Vital statistics of India. Vol. IV, Annual returns from 1871 to 1876. British Army of India, Native Army and jails of Bengal
Year: 1871
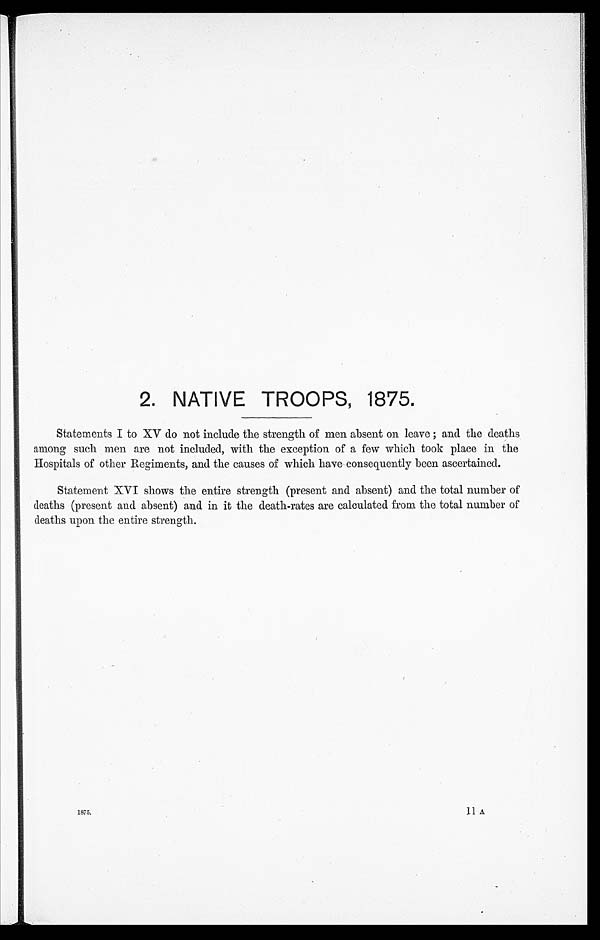
2 . NAT I VE T ROOP S , 1 8 7 5 .
Statements I to XV do not include the strength of men absent on leave; and the deaths
among such men are not included, with the exception of a few which took place in the
Hospitals of other Regiments, and the causes of which have consequently been ascertained.
Statement XVI shows the entire strength (present and absent) and the total number of
deaths (present and absent) and in it the death-rates are calculated from the total number of
deaths upon the entire strength.
1 8 7 5 1 1 A